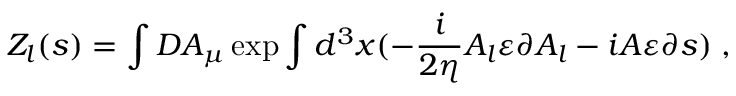
Z _ { l } ( s ) = \int { \cal D } A _ { \mu } \exp \int d ^ { 3 } x ( - \frac i { 2 \eta } A _ { l } \varepsilon \partial A _ { l } - i A \varepsilon \partial s ) \; ,